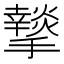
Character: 𭣆